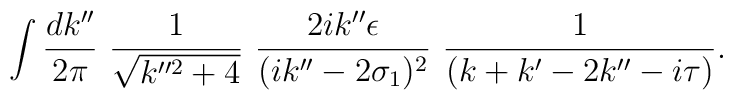
\int \frac{dk''}{2\pi}\,\,\frac{1}{\sqrt{k''^{2}+4}}\,\,\frac{2ik''\epsilon}{(i k''-2\sigma_{1})^{2}}\,\,\frac{1}{(k+k'-2k''-i\tau)}.